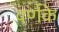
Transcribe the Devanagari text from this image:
वर्णके